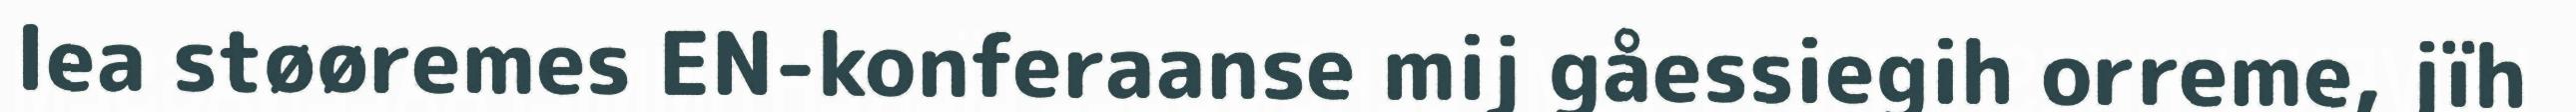
lea støøremes EN-konferaanse mij gåessiegih orreme, jïh